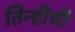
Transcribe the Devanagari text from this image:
तिन्हीची